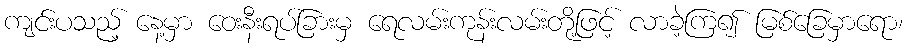
ကျင်းပသည့် နေ့မှာ ဝေးနီးရပ်ခြားမှ ရေလမ်းကုန်းလမ်းတို့ဖြင့် လာခဲ့ကြ၍ မြစ်ခြေမှာရော၊